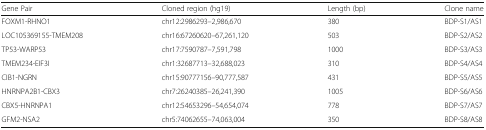
<table><thead><tr><td><b>Gene Pair</b></td><td><b>Cloned region (hg19)</b></td><td><b>Length (bp)</b></td><td><b>Clone name</b></td></tr></thead><tbody><tr><td>FOXM1-RHNO1</td><td>chr12:2986293–2,986,670</td><td>380</td><td>BDP-S1/AS1</td></tr><tr><td>LOC105369155-TMEM208</td><td>chr16:67260620–67,261,120</td><td>503</td><td>BDP-S2/AS2</td></tr><tr><td>TP53-WARP53</td><td>chr17:7590787–7,591,798</td><td>1000</td><td>BDP-S3/AS3</td></tr><tr><td>TMEM234-EIF3I</td><td>chr1:32687713–32,688,023</td><td>310</td><td>BDP-S4/AS4</td></tr><tr><td>CIB1-NGRN</td><td>chr15:90777156–90,777,587</td><td>431</td><td>BDP-S5/AS5</td></tr><tr><td>HNRNPA2B1-CBX3</td><td>chr7:26240385–26,241,390</td><td>1005</td><td>BDP-S6/AS6</td></tr><tr><td>CBX5-HNRNPA1</td><td>chr12:54653296–54,654,074</td><td>778</td><td>BDP-S7/AS7</td></tr><tr><td>GFM2-NSA2</td><td>chr5:74062655–74,063,004</td><td>350</td><td>BDP-S8/AS8</td></tr></tbody></table>